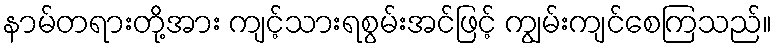
နာမ်တရားတို့အား ကျင့်သားရစွမ်းအင်ဖြင့် ကျွမ်းကျင်စေကြသည်။